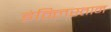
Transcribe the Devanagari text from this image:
इंन्लिस्तान